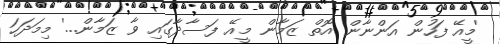
'މީއޭ ފަހުން އަންނާން އޮތް ޒަމާން މީއޭ ފަސާދާގައި ވާ ޒަމާން...' މިމަދަހަ